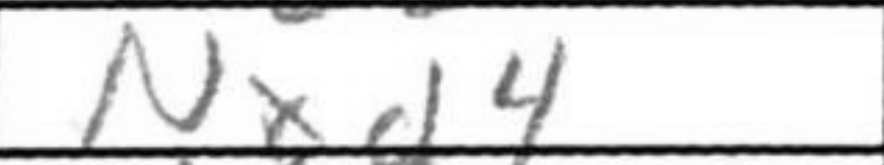
Transcription: Nxd4